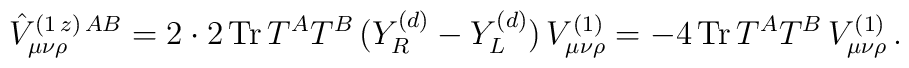
\hat{V}_{\mu\nu\rho}^{(1\,z)\,AB}=2\cdot 2\,{\rm Tr}\,T^AT^B\,(Y_R^{(d)}-Y_L^{(d)})\,V_{\mu\nu\rho}^{(1)}=-4\,{\rm Tr}\,T^A T^B\,V_{\mu\nu\rho}^{(1)}\, .